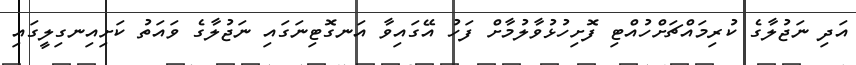
އަދި ނަޖުލާގެ ކުރިމައްޗަށްހުއްޓި ފޮށިހުޅުވާލުމާށް ފަހު އޭގައިވާ އަނގޮޓިނަގައި ނަޖުލާގެ ވައަތު ކަށިއިނގިލީގައި